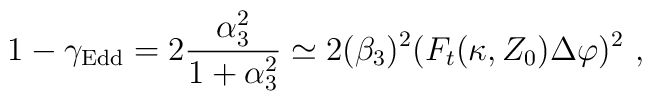
1 - \gamma_{\rm Edd} = 2 {\alpha^2_3\over 1+\alpha^2_3} \simeq 2(\beta_3)^2 (F_t (\kappa, Z_0) \Delta\varphi)^2\ ,